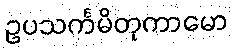
ဥပသင်္ကမိတုကာမော